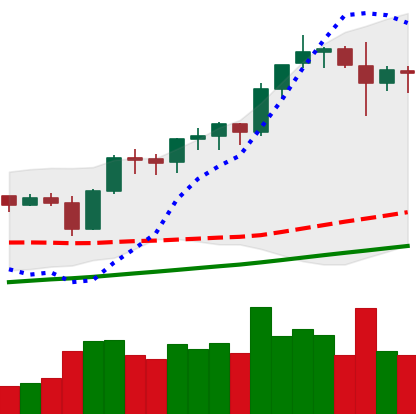
Ticker: BNB-USD
Chart end date: 2021-11-12
Forward return: -7.748%
Label: down_7plus